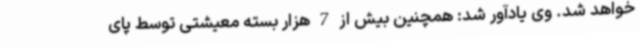
خواهد شد. وی یادآور شد: همچنین بیش از 7 هزار بسته معیشتی توسط پای